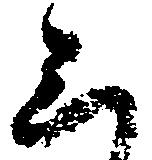
三